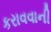
કરાવવાની